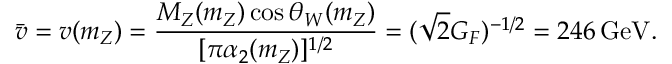
{ \bar { v } } = v ( m _ { Z } ) = { \frac { M _ { Z } ( m _ { Z } ) \cos \theta _ { W } ( m _ { Z } ) } { [ \pi \alpha _ { 2 } ( m _ { Z } ) ] ^ { 1 / 2 } } } = ( \sqrt { 2 } G _ { F } ) ^ { - 1 / 2 } = 2 4 6 \, \mathrm { G e V } .